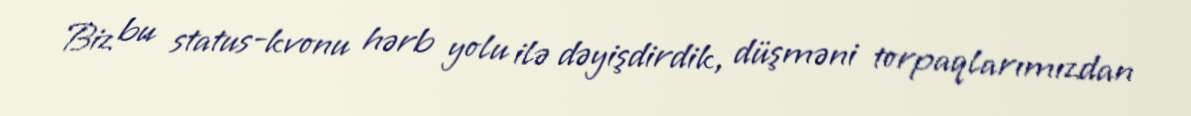
Biz bu status-kvonu hərb yolu ilə dəyişdirdik, düşməni torpaqlarımızdan